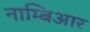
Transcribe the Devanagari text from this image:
नाम्बिआर